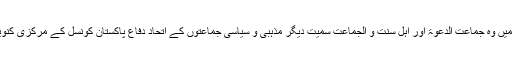
سنہ 2012 میں وہ جماعت الدعوۃ اور اہلِ سنت و الجماعت سمیت دیگر مذہبی و سیاسی جماعتوں کے اتحاد دفاعِ پاکستان کونسل کے مرکزی کنوینر بھی بنے۔